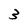
Character: 3